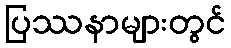
ပြဿနာများတွင်